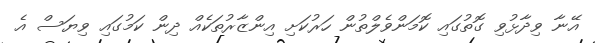
އޭނާ ވިދާޅުވި ގޮތުގައި ކޮމަންވެލްތުން ހަރުކަށި އިންޒާރުތަކެއް ދިން ކަމުގައި ވިޔަސް އެ